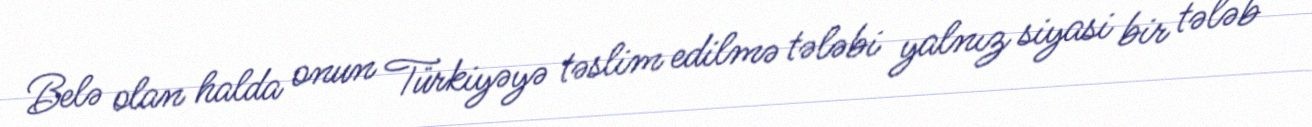
Belə olan halda onun Türkiyəyə təslim edilmə tələbi yalnız siyasi bir tələb